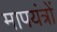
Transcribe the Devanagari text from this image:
मापयंत्रों